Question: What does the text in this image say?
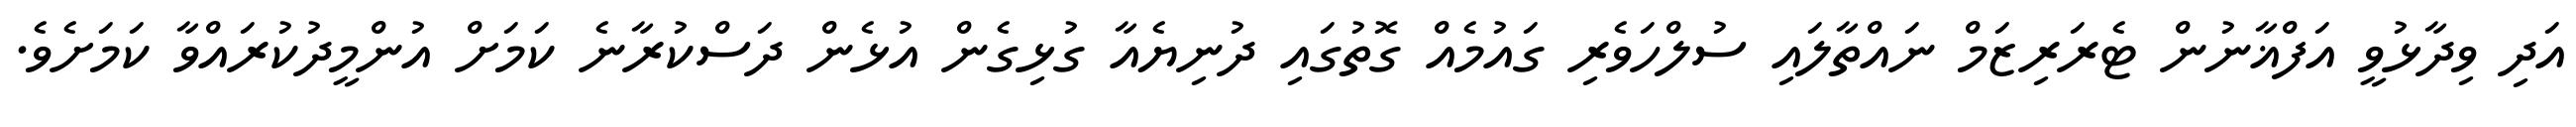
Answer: އަދި ވިދާޅުވީ އަފްޣާނުން ޓެރަރިޒަމް ނައްތާލައި ސުލްހަވެރި ގައުމެއް ގޮތުގައި ދުނިޔެއާ ގުޅިގެން އުޅެން ދަސްކުރާނެ ކަމަށް އުންމީދުކުރައްވާ ކަމަށެވެ.